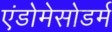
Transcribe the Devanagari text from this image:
एंडोमेसोडर्म